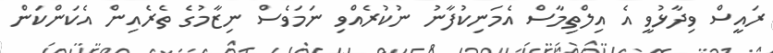
ރައީސް ވިދާޅުވީ އެ އިލްތިމާސް އެމަނިކުފާނު ނުކުރެއްވި ނަމަވެސް ނިޒާމުގެ ތެރެއިން އެކަންކަން